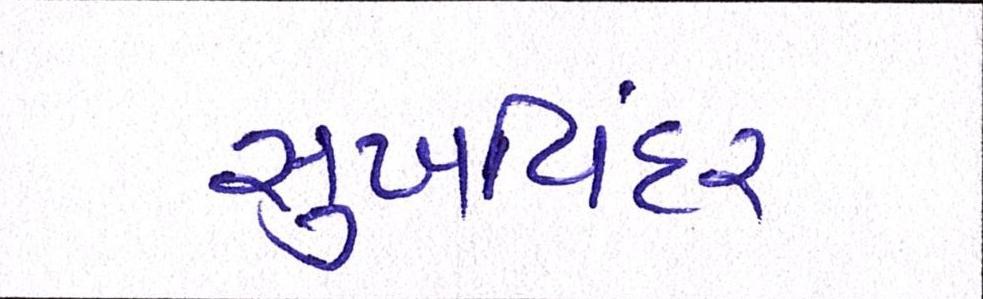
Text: સુખવિંદર